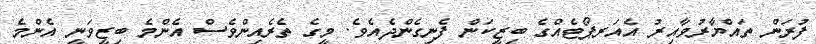
ފުރަން ތައްޔާރުވާއިރު އެއަރޕޯޓެއްގެ ބިޒީކަން ފެނިގެންދެއެވެ. މީގެ ތެރެއިންވެސް އެންމެ ބިޒީވަނީ އެންމެ